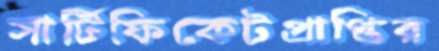
সার্টিফিকেটপ্রাপ্তির